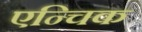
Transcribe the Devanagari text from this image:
एन्चिक